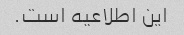
این اطلاعیه است.